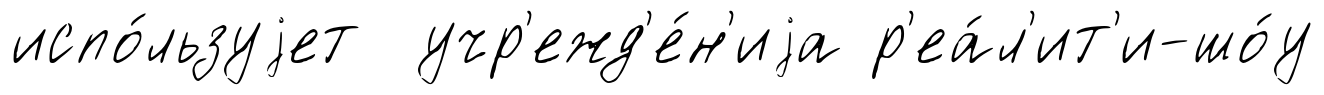
испо́льзуjет учр'ежд'е́н'иjа р'еа́л'ит'и-шо́у